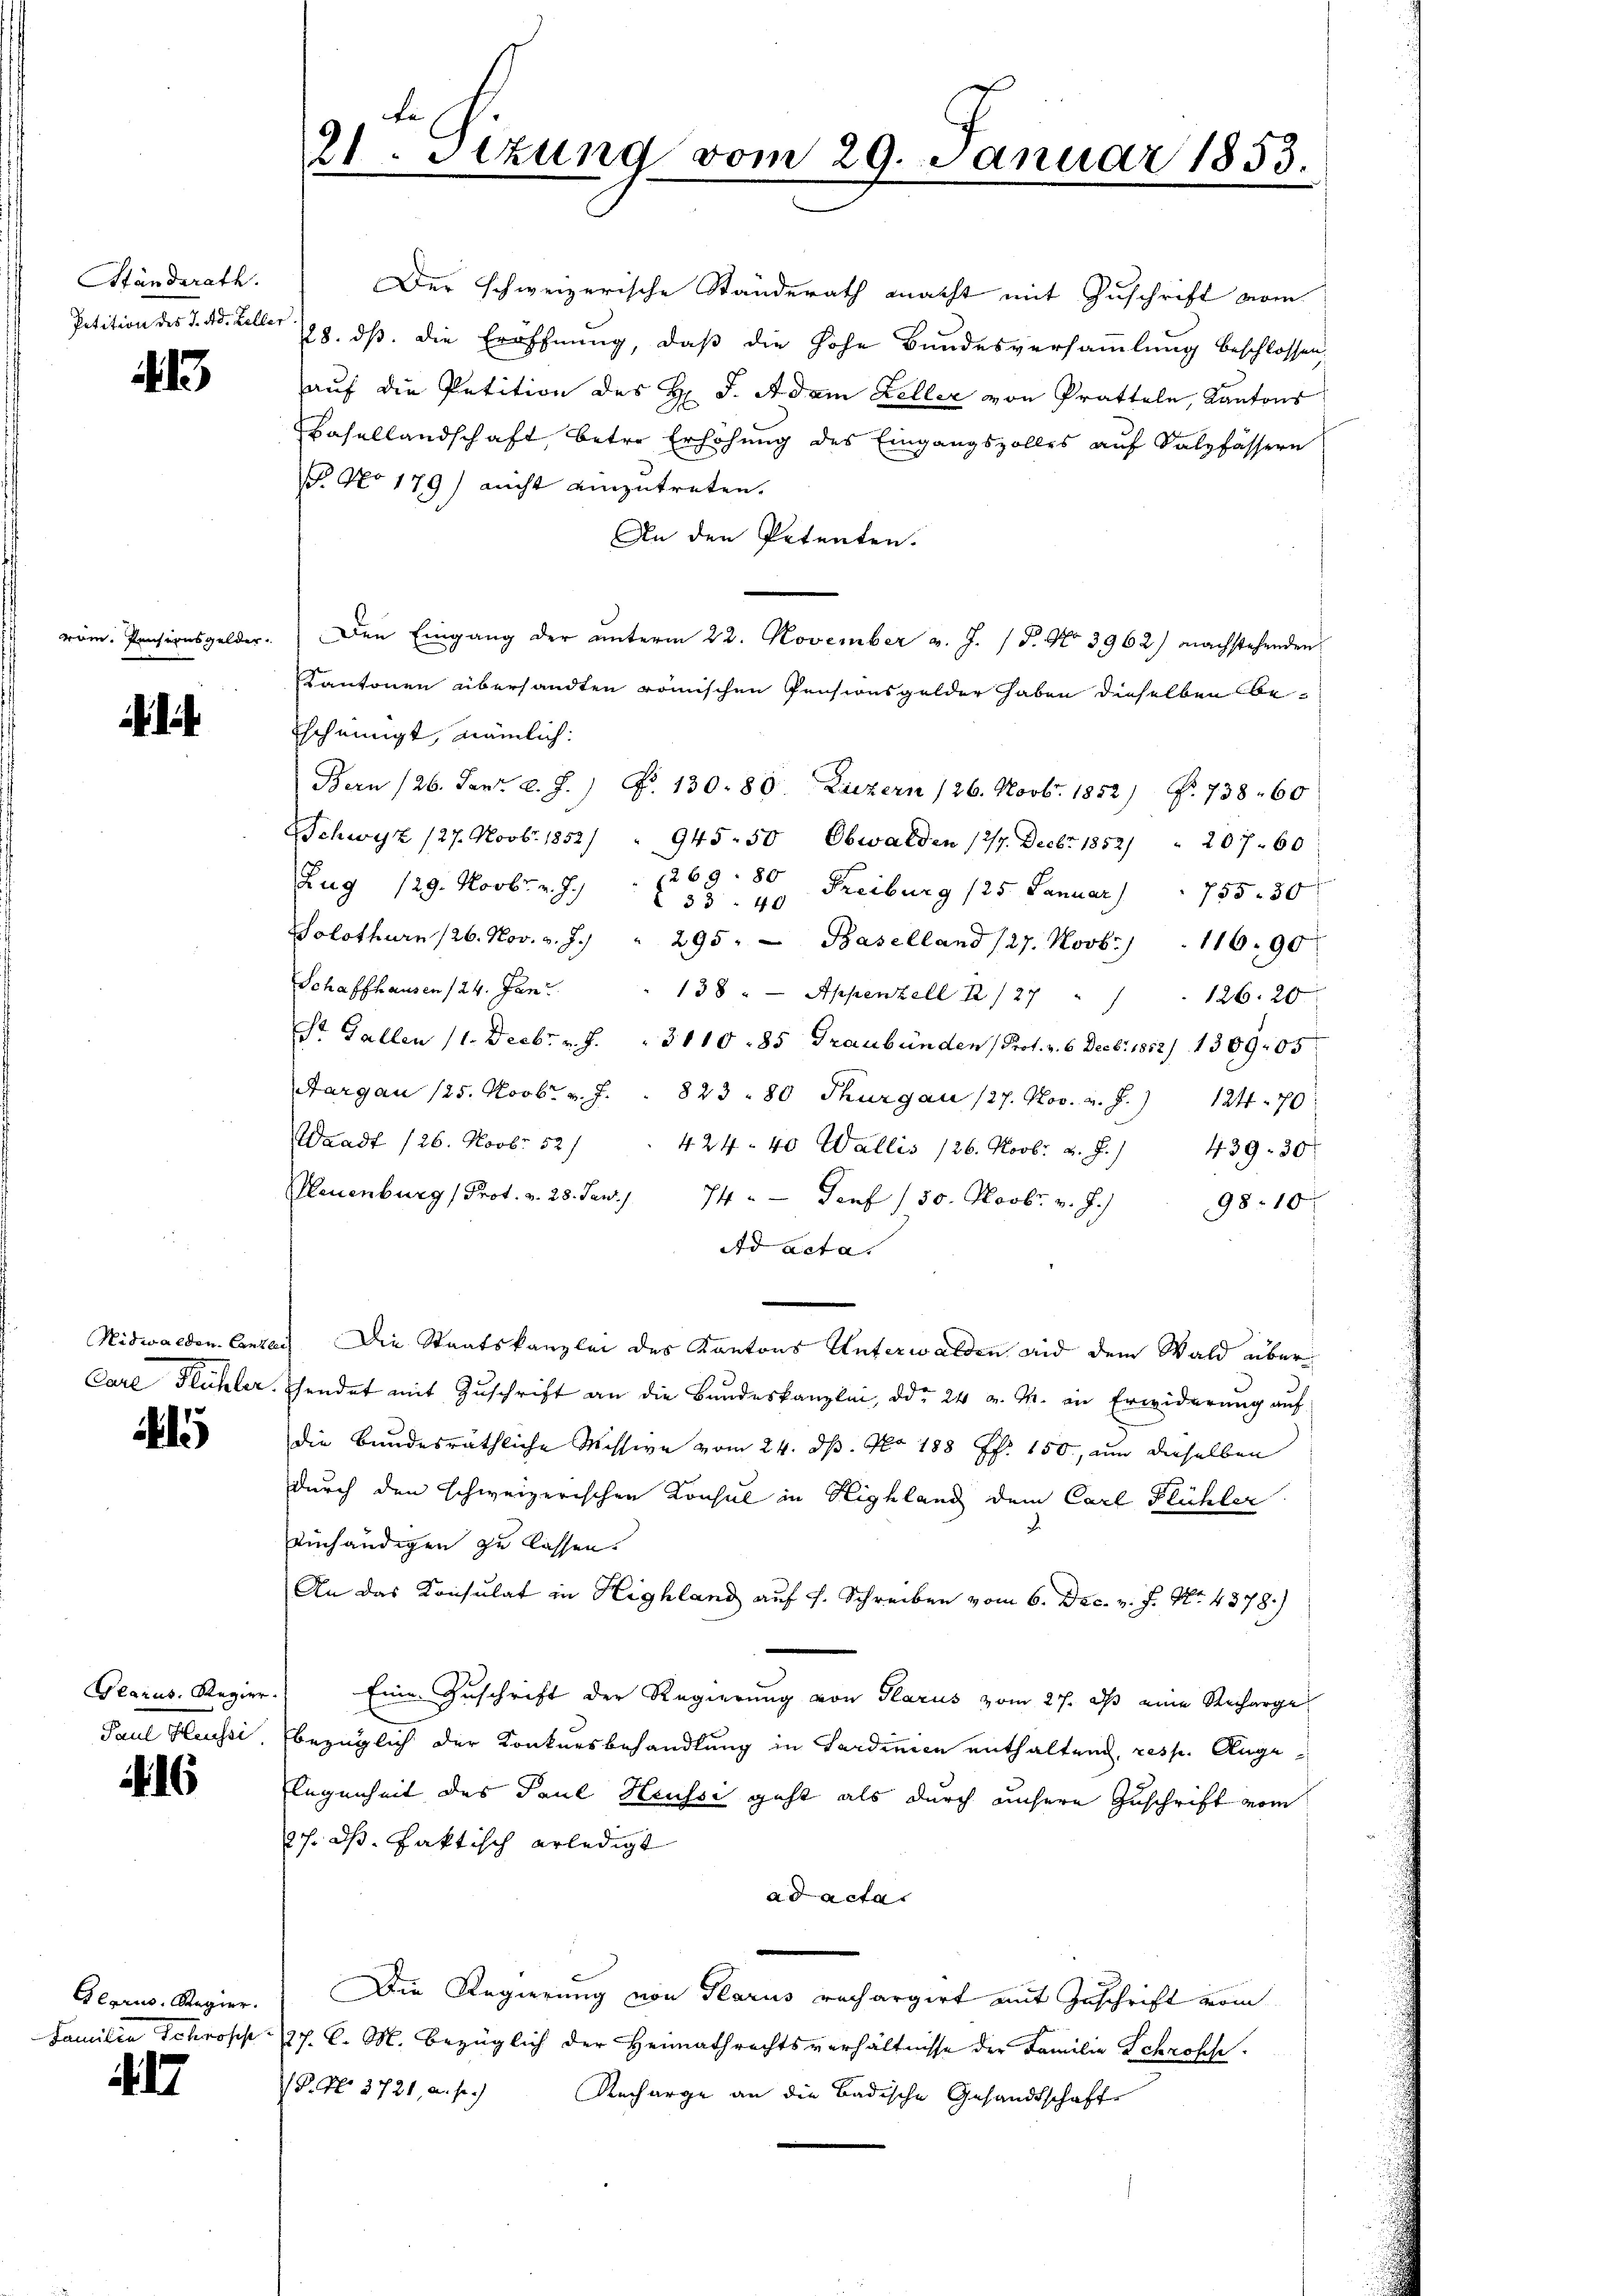
Standsrath.

13

rom. Pensionsgelder.

Carl Richter

5

Paul Heussi

6

Glarus, Regier.
Familia Schrosche

17

Der schweizerische Standerath macht mit Zuschrift vom
Petition des §. 4. Feller 728. ds. die Eröffnung, daß die hohe Bundesversammlung beschlossen,
auf die Petition des H. J. Adam Keller von Pratteln, Kantons
Basellandschaft, betre Erhöhung des Eingangszolles auf Salzfässern
B. No 179) nicht einzutreten.
An den Petenten.
Den Eingang der ŭnterm 22. November v. J. (T. No 3962) nachstehenden
Kantonen übersandten römischen Pensionsgelder haben dieselben be¬
Escheinigt, nämlich:
Bern /26. Janz l. J.) No 130. 80. Luzern /26. Novbr. 1852) S. 738. 60
Schwyz 127. Novb. 1852/
945. 50, Obwalden 127. Decbr. 1852) " 207. 60
Zug 129. Novbr. v. J.)
1269. 80 Freiburg (25. Januar                   755 30
 3340
Solothurn 126. Nov. v. J.) " 295. Baselland (27. Novb. 116.90
Schaffhausen 124. Janu
138. Appenzell I/27 "
126. 20
St. Gallen (1. Decbr. v. J. " 311085 Graubünden (Prot. v. 6. Decbr. 1852/ 1309105
Aargau 125. Novbr. v. J. 823 - 80 Thurgau (27. Nov. v. J.)
124 - 70
Waadt 126. Novb. 521. 424. 40 Wallis 126. Novbr. v. J.) 439. 30
Neuenburg (Prot. v. 28. Jan. 74 " Genf 130. Novbr. v. J.)
98. 10
Ad acta.
Nidwalden Cantons Die Staatskanzlei des Kantons Unterwalden und dem Wald aber
hendet mit Zuschrift an die Bandeskanzlei, ddo 24 v. M. in Erwiderung auf
die bundesräthliche Missive vom 24. ds. No 188 ff. 150, um dieselben
durch den schweizerischen Konsul in Highland dem Carl Flühler
einhändigen zu lassen.
An das Konsulat in Highland auf s. Schreiben vom 6. Dec. v. J. No. 4378.)
Glarus, Regier. Eine Zuschrift der Regierung von Glarus vom 27. dβ eine Recharge
bezüglich der Konkursbehandlung in Sardinien enthaltend, resp. Angelegenheit des Paul Heussi geht als durch unsere Zuschrift vom
ch. ds faktisch erledigt
ad acta
Die Regierung von Glarus rechargirt mit Zuschrift vom
27. C. M. bezüglich der Heimathrechtsverhältnisse der Familie Schrosche
P. Nr. 3721, a. p.) Recharge an die Badische Gesandtschaft

Fe
21. Setzung vom 29. Januar 1853.